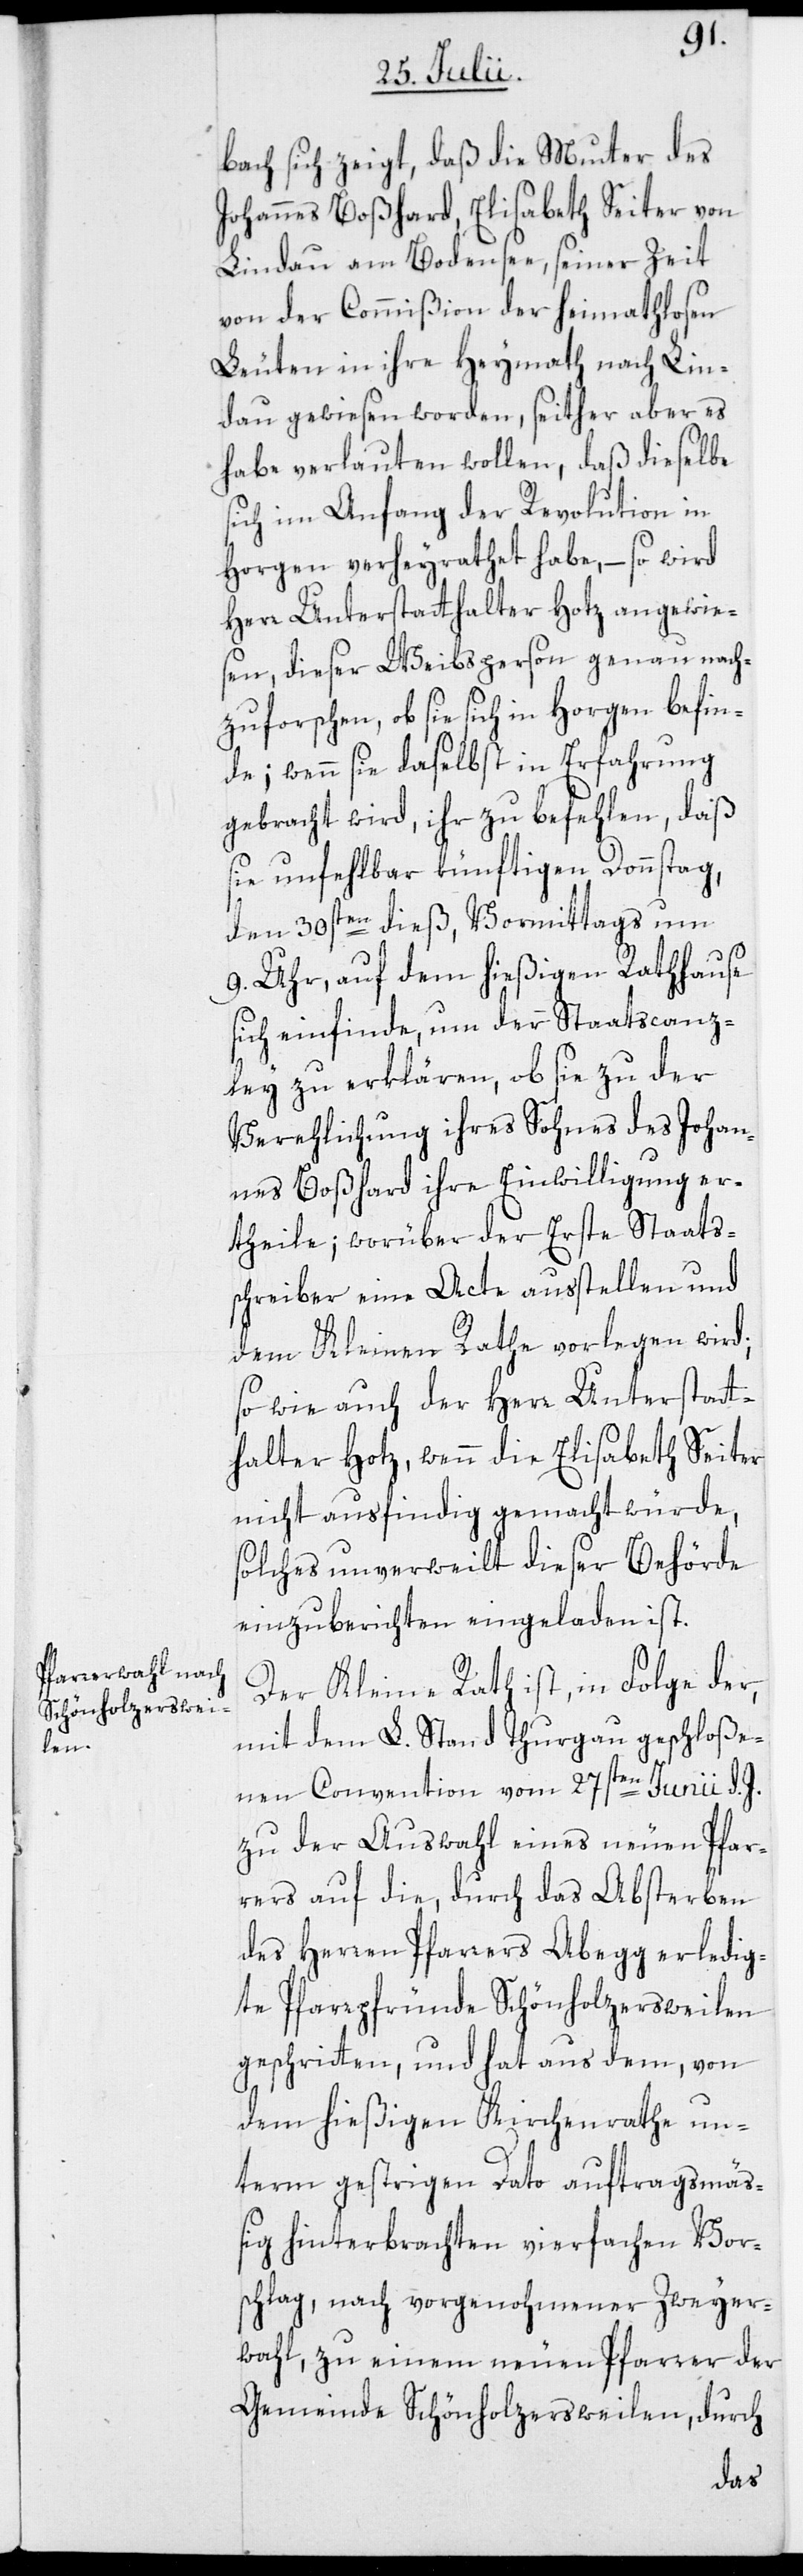
bach sich zeigt, daß die Mutter des
Johannes Boßhard, Elisabeth Seiter von
Lindau am Bodensee, seiner Zeit
von der Commißion der heimathlosen
Leuten in ihre Heymath nach Lin¬
dau gewiesen worden, seither aber es
habe verlauten wollen, daß dieselbe
sich im Anfang der Revolution in
Horgen verheyrathet habe, – so wird
Herr Unterstatthalter Hotz angewies¬
en, dieser Weibsperson genau nach¬
zuforschen, ob sie sich in Horgen befin¬
de; wenn sie daselbst in Erfahrung
gebracht wird, ihr zu befehlen, daß
sie unfehlbar künftigen Donnstag,
den 30sten dieß, Vormittags um
9. Uhr, auf dem hießigen Rathhause
sich einfinde, um der Staatscanz¬
ley zu erklären, ob sie zu der
Verehlichung ihres Sohnes des Johan¬
nes Boßhard ihre Einwilligung er¬
theile; worüber der Erste Staatss¬
chreiber eine Acte ausstellen und
dem Kleinen Rathe vorlegen wird;
so wie auch der Herr Unterstatt¬
halter Hotz, wenn die Elisabeth Seiter
nicht ausfindig gemacht würde,
solches unverweilt dieser Behörde
einzuberichten eingeladen ist.
Der Kleine Rath ist, in Folge der,
mit dem L. Stand Thurgau geschloße¬
nen Convention vom 27sten Junii d. J.
zu der Auswahl eines neuen Pfar¬
rers auf die, durch das Absterben
des Herren Pfarrers Abegg erledig¬
te Pfarrpfründe Schönholzersweilen
geschritten, und hat aus dem, von
dem hießigen Kirchenrathe un¬
term gestrigen Dato auftragsmä¬
ßig hinterbrachten vierfachen Vor¬
schlag, nach vorgenohmener Zweyer¬
wahl, zu einem neuen Pfarrer der
Gemeinde Schönholzersweilen durch